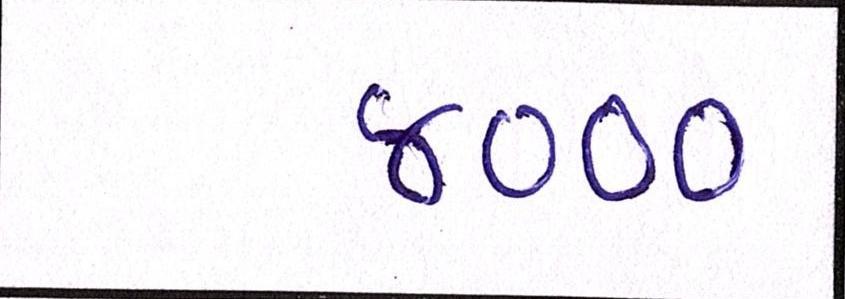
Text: ૪૦૦૦